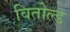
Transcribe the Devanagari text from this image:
वितोल्ड